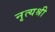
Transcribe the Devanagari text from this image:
नृत्यश्री